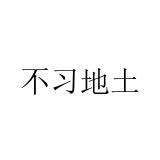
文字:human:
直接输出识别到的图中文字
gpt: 不习地土